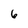
Character: 6